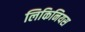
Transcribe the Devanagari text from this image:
लिकिनियस